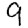
Digit: 9